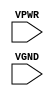
module sky130_fd_sc_hs__tapvgnd2 (
    //# {{power|Power}}
    input VPWR,
    input VGND
);
endmodule